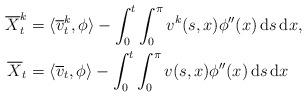
LaTeX: \begin{align*} \overline{X}_t^k & = \langle \overline{v}^k_t, \phi \rangle - \int_{0}^{t} \int_{0}^{\pi} v^k(s,x) \phi''(x) \, \textrm{d}s \, \textrm{d}x, \\ \overline{X}_t & = \langle \overline{v}_t, \phi \rangle - \int_{0}^{t} \int_{0}^{\pi} v(s,x) \phi''(x) \, \textrm{d}s \, \textrm{d}x \end{align*}